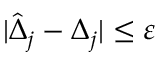
| \hat { \Delta } _ { j } - \Delta _ { j } | \leq \varepsilon